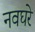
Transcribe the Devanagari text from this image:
नवघरे